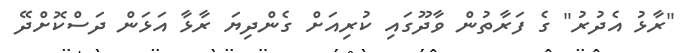
"ރާޅު އެދުރު" ގެ ފަރާތުން ވާދޫގައި ކުރިއަށް ގެންދިޔަ ރާޅާ އަޅަން ދަސްކޮށްދޭ